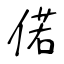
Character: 偌